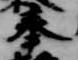
奉